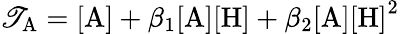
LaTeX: \mathscr{T}_{\mathrm{{A}}}=\mathrm{{[A]}}+\beta_{1}\mathrm{{[A][H]}}+\beta_{2}\mathrm{{[A][H]}}^{2}